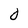
Character: 0